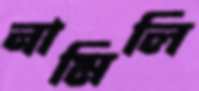
নামিলি